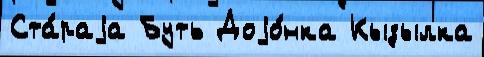
Ста́раjа Буть Доjо́нка Кызылка